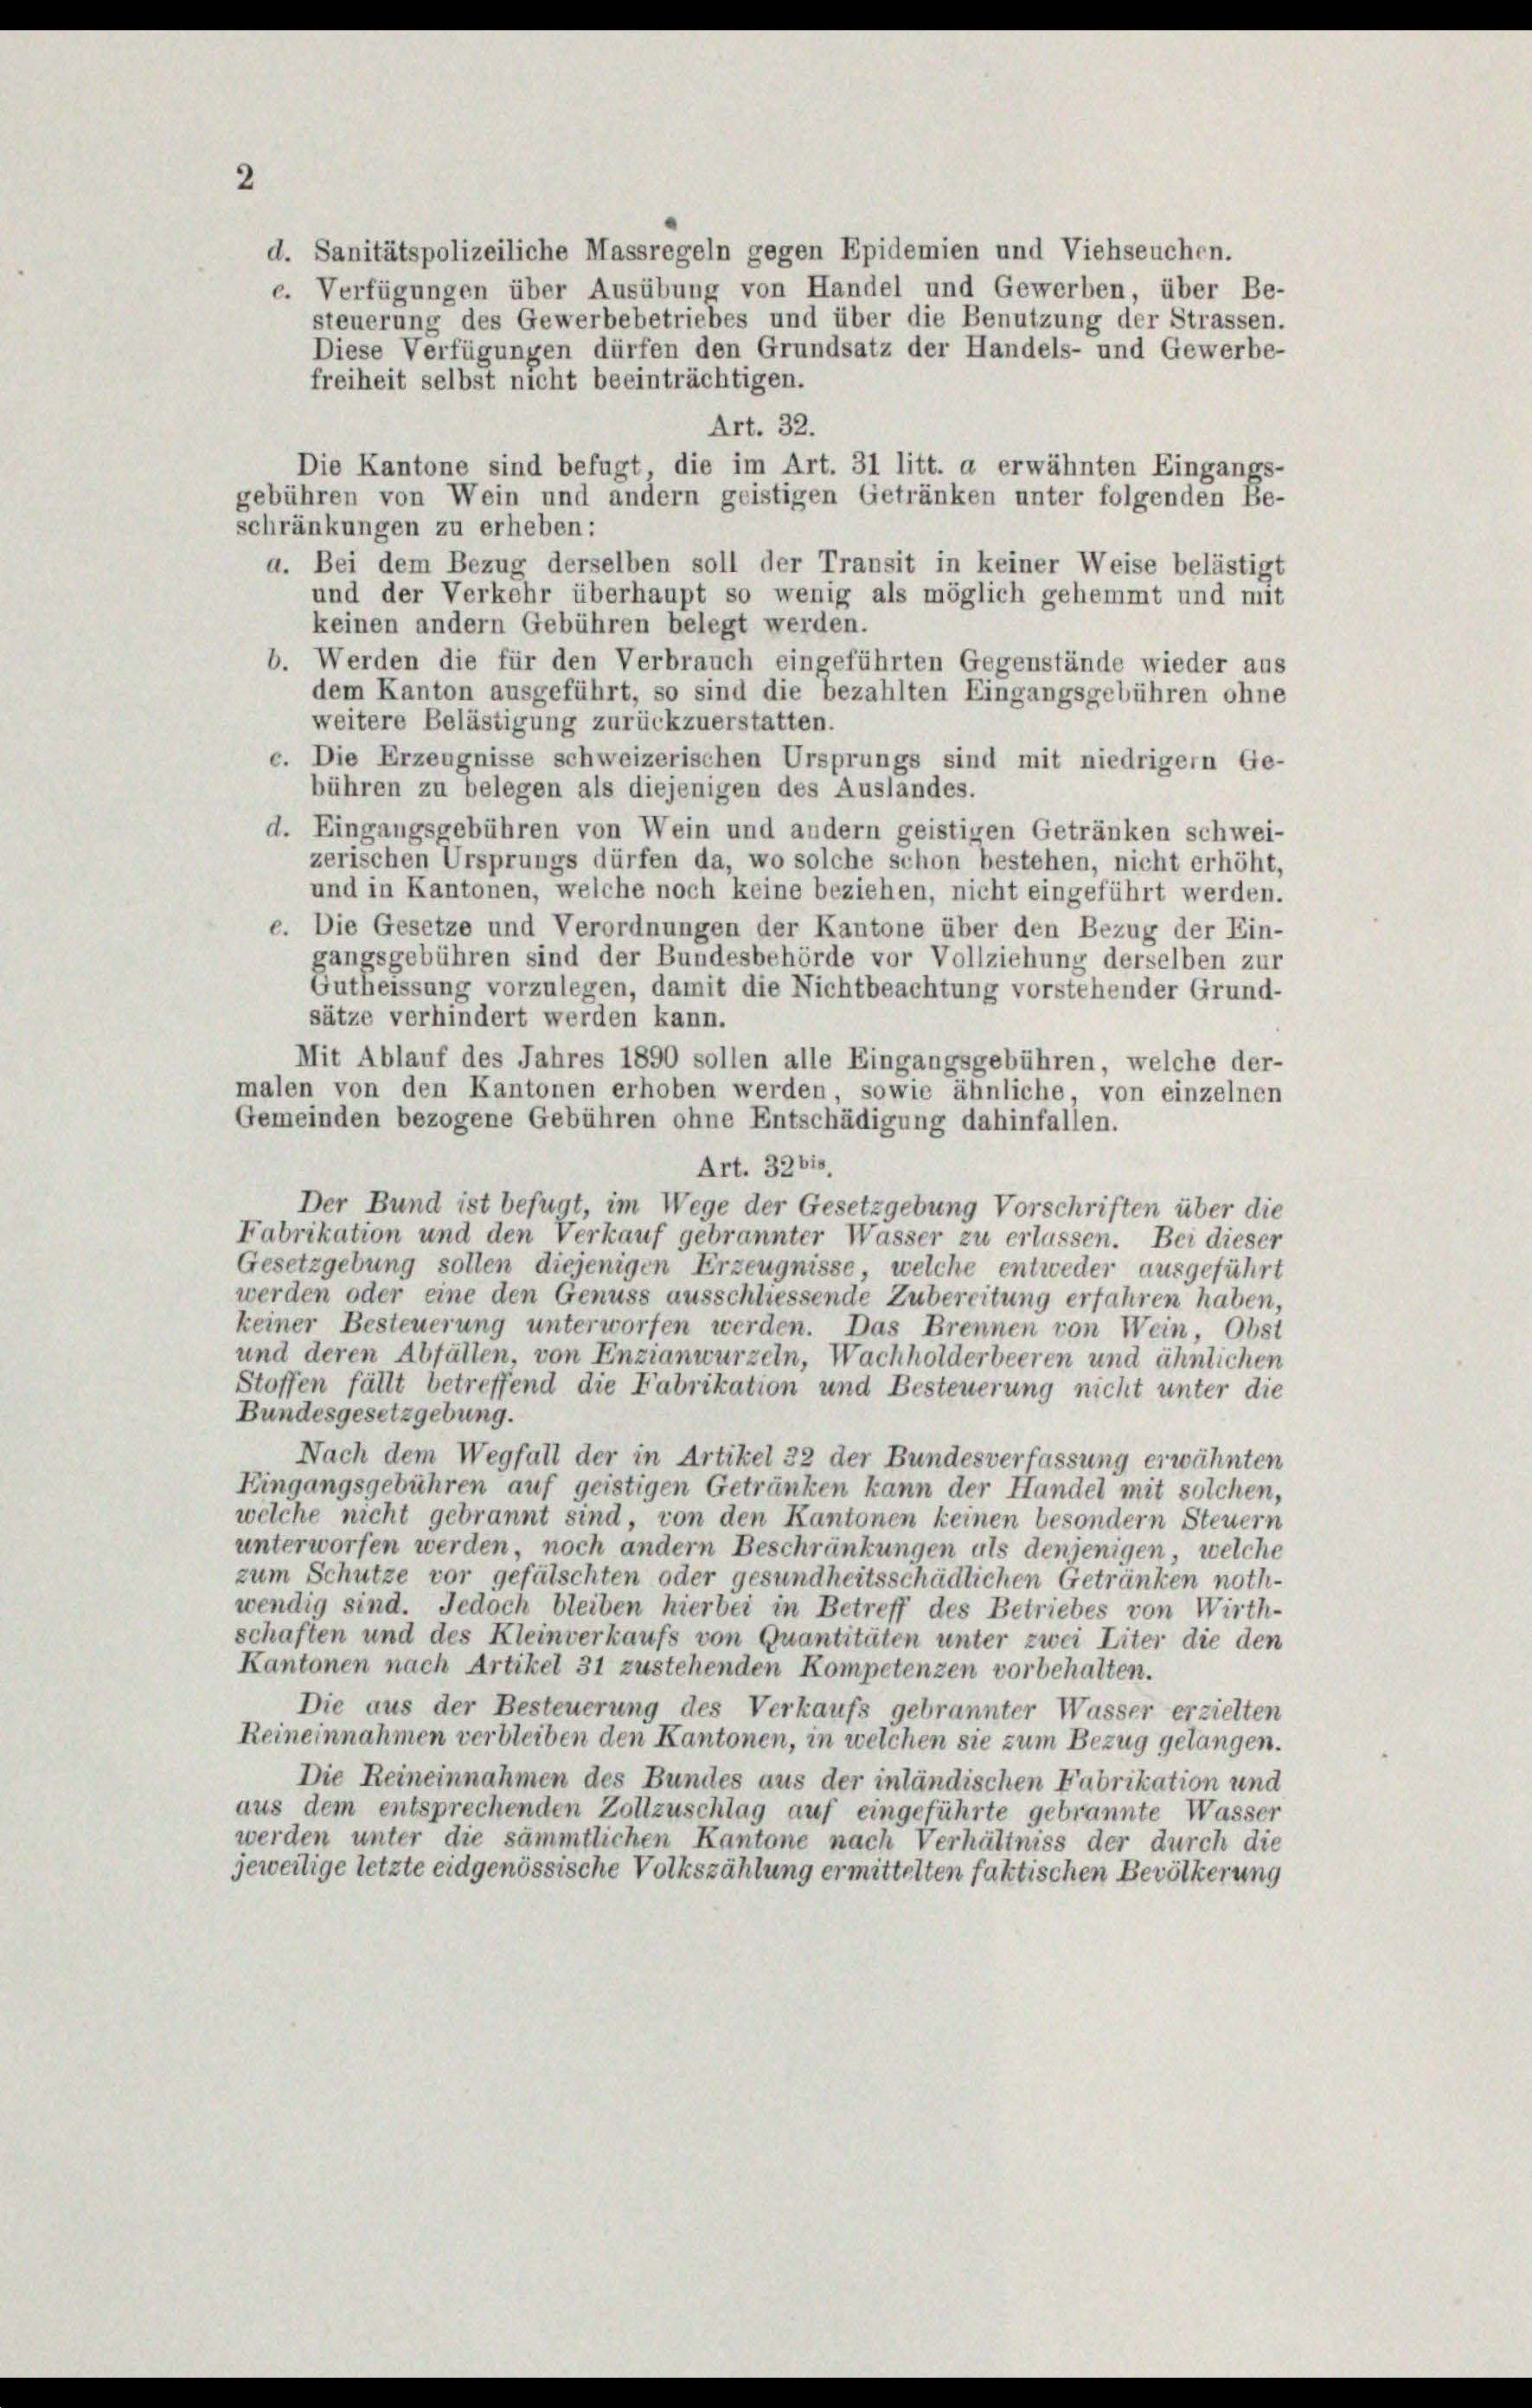
d. Sanitätspolizeiliche Massregeln gegen Epidemien und Viehseuchen.
e. Verfügungen über Ausübung von Handel und Gewerben, über Be-
steuerung des Gewerbebetriebes und über die Benutzung der Strassen.
Diese Verfügungen dürfen den Grundsatz der Handels- und Gewerbe-
freiheit selbst nicht beeinträchtigen.
Art. 32.
Die Kantone sind befugt die im Art. 31 litt. a erwähnten Eingangs-
gebühren von Wein und andern geistigen Getränken unter folgenden Be-
schränkungen zu erheben:
a. Bei dem Bezug derselben soll der Transit in keiner Weise belästigt
und der Verkehr überhaupt so wenig als möglich gehemmt und mit
keinen andern Gebühren belegt werden.
b. Werden die für den Verbrauch eingeführten Gegenstände wieder aus
dem Kanton ausgeführt, so sind die bezahlten Eingangsgebühren ohne
weitere Belästigung zurückzuerstatten.
c. Die Erzeugnisse schweizerischen Ursprungs sind mit niedrigem Ge-
bühren zu belegen als diejenigen des Auslandes.
d. Eingangsgebühren von Wein und andern geistigen Getränken schwei-
zerischen Ursprungs dürfen da, wo solche schon bestehen, nicht erhöht,
und in Kantonen, welche noch keine beziehen, nicht eingeführt werden.
e. Die Gesetze und Verordnungen der Kantone über den Bezug der Ein-
gangsgebühren sind der Bundesbehörde vor Vollziehung derselben zur
Gutheissung vorzulegen, damit die Nichtbeachtung vorstehender Grund-
sätze verhindert werden kann.
Mit Ablauf des Jahres 1890 sollen alle Eingangsgebühren, welche der-
malen von den Kantonen erhoben werden sowie ähnliche, von einzelnen
Gemeinden bezogene Gebühren ohne Entschädigung dahinfallen.
Art. 3261.
Der Bund ist befugt, im Wege der Gesetzgebung Vorschriften über die
Fabrikation und den Verkauf gebrannter Wasser zu erlassen. Bei dieser
Gesetzgebung sollen diejenigen Erzeugnisse, welche entweder ausgeführt
werden oder eine den Genuss ausschliessende Zubereitung erfahren haben,
keiner Besteuerung unterworfen werden. Das Brennen von Wein, Obst
und deren Abfällen, von Enzianwurzeln, Wachholderbeeren und ähnlichen
Stoffen fällt betreffend die Fabrikation und Besteuerung nicht unter die
Bundesgesetzgebung.
Nach dem Wegfall der in Artikel 32 der Bundesverfassung erwähnten
Eingangsgebühren auf geistigen Getränken kann der Handel mit solchen,
welche nicht gebrannt sind, von den Kantonen keinen besondern Steuern
unterworfen werden, noch andern Beschränkungen als denjenigen, welche
zum Schutze vor gefälschten oder gesundheitsschädlichen Getränken noth-
wendig sind. Jedoch bleiben hierbei in Betreff des Betriebes von Wirth-
schaften und des Kleinverkaufs von Quantitäten unter zwei Liter die den
Kantonen nach Artikel 31 zustehenden Kompetenzen vorbehalten.
Die aus der Besteuerung des Verkaufs gebrannter Wasser erzielten
Reineinnahmen verbleiben den Kantonen, in welchen sie zum Bezug gelangen.
Die Reineinnahmen des Bundes aus der inländischen Fabrikation und
aus dem entsprechenden Zollzuschlag auf eingeführte gebrannte Wasser
werden unter die sämmtlichen Kantone nach Verhältniss der durch die
jeweilige letzte eidgenössische Volkszählung ermittelten faktischen Bevölkerung